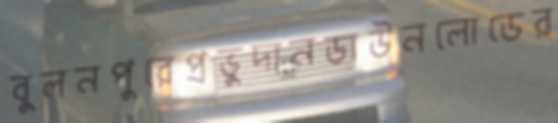
বুলনপুরেপ্রভুদানডাউনলোডের